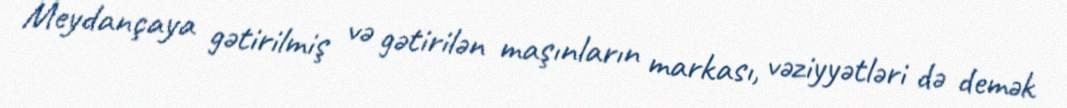
Meydançaya gətirilmiş və gətirilən maşınların markası, vəziyyətləri də demək